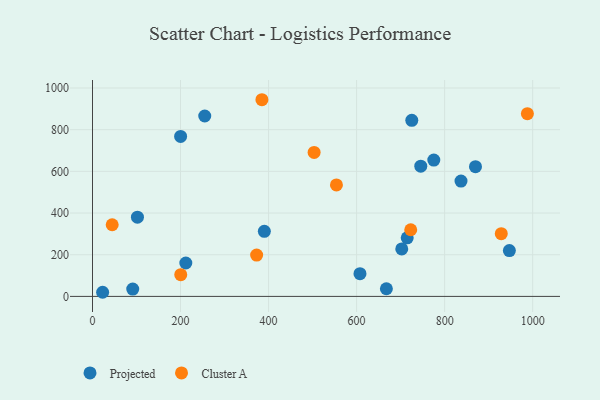
{"axis": {"x": "Experience", "y": "Exam Score"}, "legend": ["Cluster A", "Projected"], "data": [{"x": "947.1", "y": 219.9, "type": "Projected"}, {"x": "255.0", "y": 865.5, "type": "Projected"}, {"x": "725.4", "y": 845.0, "type": "Projected"}, {"x": "91.4", "y": 35.0, "type": "Projected"}, {"x": "607.7", "y": 108.9, "type": "Projected"}, {"x": "870.1", "y": 622.6, "type": "Projected"}, {"x": "23.0", "y": 19.8, "type": "Projected"}, {"x": "775.4", "y": 653.9, "type": "Projected"}, {"x": "212.0", "y": 160.2, "type": "Projected"}, {"x": "715.0", "y": 281.2, "type": "Projected"}, {"x": "102.1", "y": 380.2, "type": "Projected"}, {"x": "702.6", "y": 227.9, "type": "Projected"}, {"x": "390.4", "y": 312.3, "type": "Projected"}, {"x": "667.7", "y": 36.7, "type": "Projected"}, {"x": "745.8", "y": 625.0, "type": "Projected"}, {"x": "200.2", "y": 767.6, "type": "Projected"}, {"x": "837.2", "y": 553.4, "type": "Projected"}, {"x": "200.5", "y": 104.4, "type": "Cluster A"}, {"x": "503.5", "y": 691.0, "type": "Cluster A"}, {"x": "372.9", "y": 198.5, "type": "Cluster A"}, {"x": "723.0", "y": 319.8, "type": "Cluster A"}, {"x": "928.7", "y": 301.1, "type": "Cluster A"}, {"x": "384.9", "y": 943.6, "type": "Cluster A"}, {"x": "44.7", "y": 343.8, "type": "Cluster A"}, {"x": "988.0", "y": 876.8, "type": "Cluster A"}, {"x": "554.2", "y": 534.9, "type": "Cluster A"}]}